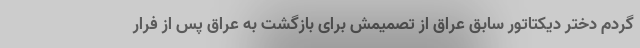
گردم دختر دیکتاتور سابق عراق از تصمیمش برای بازگشت به عراق پس از فرار